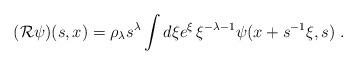
LaTeX: \begin{align*}({\cal R}\psi )(s,x) =\rho _{\lambda} s^{\lambda}\int d\xi e^{\xi}\, \xi ^{-\lambda -1}\psi(x+s^{-1}\xi,s)\;.\end{align*}